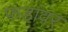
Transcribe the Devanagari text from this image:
फडांवर